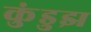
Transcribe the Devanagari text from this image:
कुंडुझ